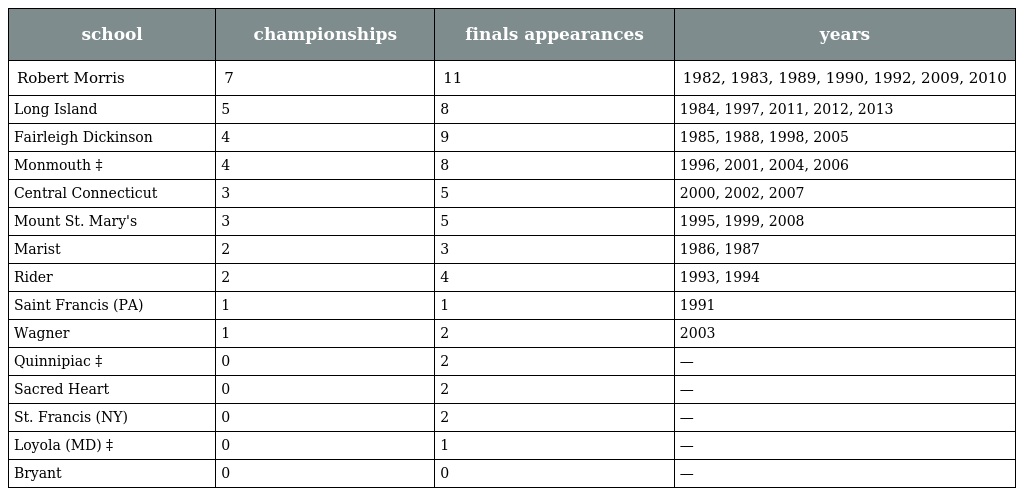
| school | championships | finals appearances | years |
 | --- | --- | --- | --- |
 | Robert Morris | 7 | 11 | 1982, 1983, 1989, 1990, 1992, 2009, 2010 |
 | Long Island | 5 | 8 | 1984, 1997, 2011, 2012, 2013 |
 | Fairleigh Dickinson | 4 | 9 | 1985, 1988, 1998, 2005 |
 | Monmouth ‡ | 4 | 8 | 1996, 2001, 2004, 2006 |
 | Central Connecticut | 3 | 5 | 2000, 2002, 2007 |
 | Mount St. Mary's | 3 | 5 | 1995, 1999, 2008 |
 | Marist | 2 | 3 | 1986, 1987 |
 | Rider | 2 | 4 | 1993, 1994 |
 | Saint Francis (PA) | 1 | 1 | 1991 |
 | Wagner | 1 | 2 | 2003 |
 | Quinnipiac ‡ | 0 | 2 | — |
 | Sacred Heart | 0 | 2 | — |
 | St. Francis (NY) | 0 | 2 | — |
 | Loyola (MD) ‡ | 0 | 1 | — |
 | Bryant | 0 | 0 | — |